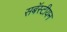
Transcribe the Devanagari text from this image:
सबॅस्टीयन